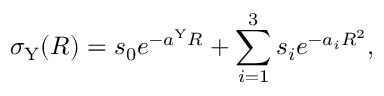
\sigma _ { \mathrm { Y } } ( R ) = s _ { 0 } e ^ { - a ^ { \mathrm { Y } } R } + \sum _ { i = 1 } ^ { 3 } s _ { i } e ^ { - a _ { i } R ^ { 2 } } ,